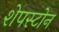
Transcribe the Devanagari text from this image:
शेपस्टोन